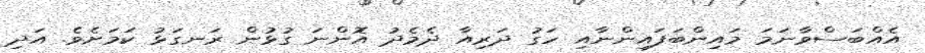
އެއްބަސްވާނަމަ މައިންބަފައިންނާއި ހަގު ދަރިއާ ދެމެދު އޮންނަ ގުޅުން ރަނގަޅު ކަމަށެވެ. އަދި